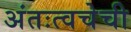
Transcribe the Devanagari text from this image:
अंतःत्वचेची